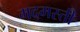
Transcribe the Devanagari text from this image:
मदमस्ती